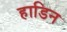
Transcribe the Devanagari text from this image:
हाडिन